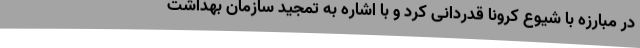
در مبارزه با شیوع کرونا قدردانی کرد و با اشاره به تمجید سازمان بهداشت